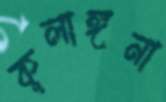
কূলাঙ্গনা